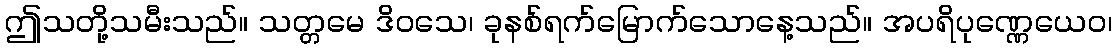
ဤသတို့သမီးသည်။ သတ္တမေ ဒိဝသေ၊ ခုနစ်ရက်မြောက်သောနေ့သည်။ အပရိပုဏ္ဏေယေဝ၊